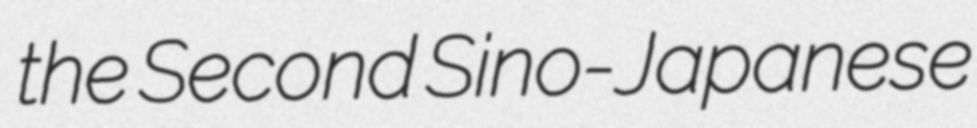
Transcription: the Second Sino-Japanese